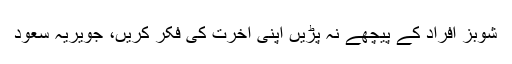
شوبز افراد کے پیچھے نہ پڑیں اپنی آخرت کی فکر کریں، جویریہ سعود